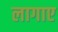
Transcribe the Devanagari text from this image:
लागाए